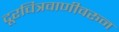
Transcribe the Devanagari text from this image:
दूरचित्रवाणीवरून